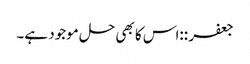
جعفر ::‌اس کا بھی حل موجود ہے۔